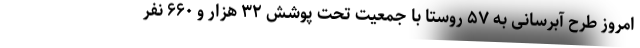
امروز طرح آبرسانی به ۵۷ روستا با جمعیت تحت پوشش ۳۲ هزار و ۶۶۰ نفر